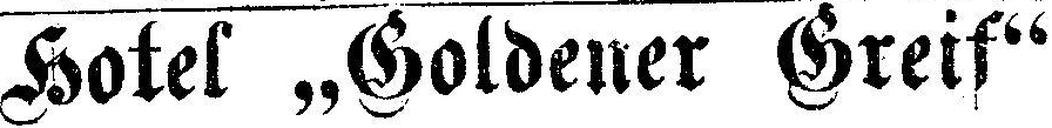
Hotel „Goldener Greif“